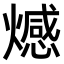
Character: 𤐉